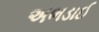
અભડાઈ